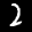
Label: 2